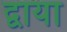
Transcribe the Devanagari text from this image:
द्वाया